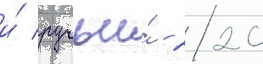
и́ ручьи́ - 220